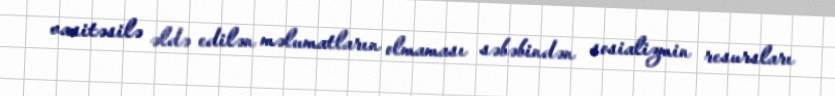
vasitəsilə əldə edilən məlumatların olmaması səbəbindən sosializmin resursları